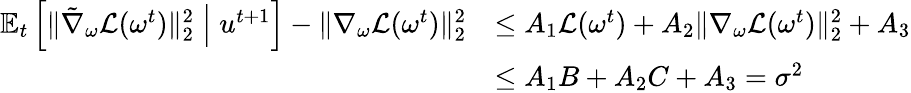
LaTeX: \begin{array}{rl}{\mathbb{E}_{t}\left[\| \tilde{\nabla}_{\omega}\mathcal{L}(\omega^{t})\| _{2}^{2}\; \middle|\; u^{t+1}\right]-\| \nabla_{\omega}\mathcal{L}(\omega^{t})\| _{2}^{2}}&{\leq A_{1}\mathcal{L}(\omega^{t})+A_{2}\| \nabla_{\omega}\mathcal{L}(\omega^{t})\| _{2}^{2}+A_{3}}\\ &{\leq A_{1}B+A_{2}C+A_{3}=\sigma^{2}}\end{array}